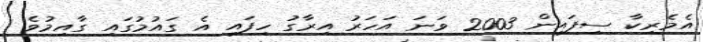
އެމެރިކާ ސިފައިން 2003 ވަނަ އަހަރު އިރާގު ހިފައި އެ ގައުމުގައި ގާއިމުވެ